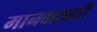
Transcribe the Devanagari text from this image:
मानवासाठी